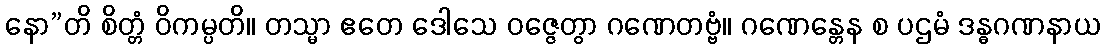
နော”တိ စိတ္တံ ဝိကမ္ပတိ။ တသ္မာ ဧတေ ဒေါသေ ဝဇ္ဇေတွာ ဂဏေတဗ္ဗံ။ ဂဏေန္တေန စ ပဌမံ ဒန္ဓဂဏနာယ